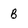
Character: B